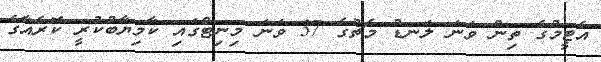
އެޓީމުގެ ތިން ވަނަ ލަނޑު މެޗުގެ 37 ވަނަ މިނިޓްގައި ކާމިޔާބުކުރީ ކޮރެއާގެ